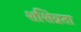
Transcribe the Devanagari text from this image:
शशिव्रता